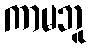
ကာမဘူ